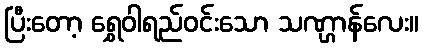
ပြီးတော့ ရွှေဝါရည်ဝင်းသော သဏ္ဌာန်လေး။